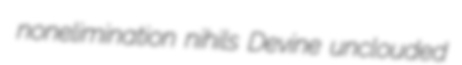
nonelimination nihils Devine unclouded